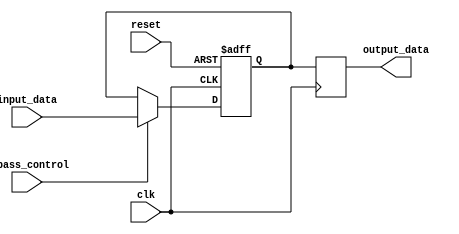
module SimpleBypassRegister (
    input wire clk,
    input wire reset,
    input wire bypass_control,
    input wire [DATA_WIDTH-1:0] input_data,
    output reg [DATA_WIDTH-1:0] output_data
);

parameter DATA_WIDTH = 8; // Change the value based on the data width required

reg [DATA_WIDTH-1:0] internal_data;

always @(posedge clk or posedge reset) begin
    if (reset) begin
        internal_data <= 0;
    end else begin
        if (bypass_control) begin
            internal_data <= input_data;
        end
    end
end

always @(posedge clk) begin
    output_data <= internal_data;
end

endmodule